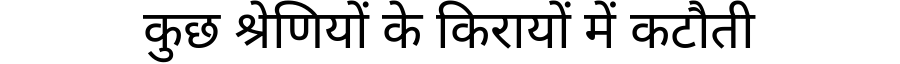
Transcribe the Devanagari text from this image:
कुछ श्रेणियों के किरायों में कटौती